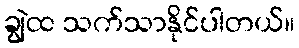
ချွဲထ သက်သာနိုင်ပါတယ်။